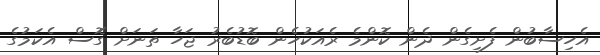
އެހިސާބުން ފެށިގެން ދެން ކޮންމެ ރެއަކުހެން ބޮޑުބެރު ޖަހާ ތަނަށް ގޮސް އެކަމުގެ